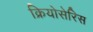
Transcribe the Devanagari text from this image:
क्रियोसेरिस